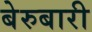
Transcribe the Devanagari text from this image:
बेरुबारी